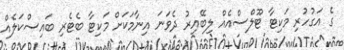
ގެ އަގުހުރި މަކިޓާ ޓޫލްސްއެއް ލިބޭއިރު ދެވަނަ އިނާމަކަށް މަކިޓާ ބެޓެރި ބައިސްކަލެއް